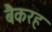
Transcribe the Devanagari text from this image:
बैकरह